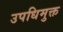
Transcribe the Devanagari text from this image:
उपधिमुक्त